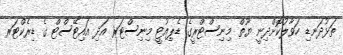
ތަޅުދަނޑި ހަވާލުކޮށްދިނީ ޔޫތް މިނިސްޓްރީގެ ޑެޕިއުޓީ މިނިސްޓަރ އަދި އައިޓޭސްޓް ގެ ޑިރެކްޓަރ